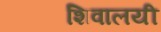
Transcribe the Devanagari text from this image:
शिवालयी